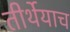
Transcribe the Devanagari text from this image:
तीर्थेयाच